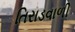
તિરાડવાળી